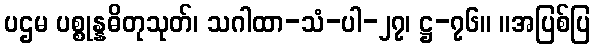
ပဌမ ပစ္စုန္နဓိတုသုတ်၊ သဂါထာ-သံ-ပါ-၂၇၊ ဋ္ဌ-၇၆။ ။အပြစ်ပြ